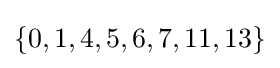
\{0,1,4,5,6,7,11,13\}